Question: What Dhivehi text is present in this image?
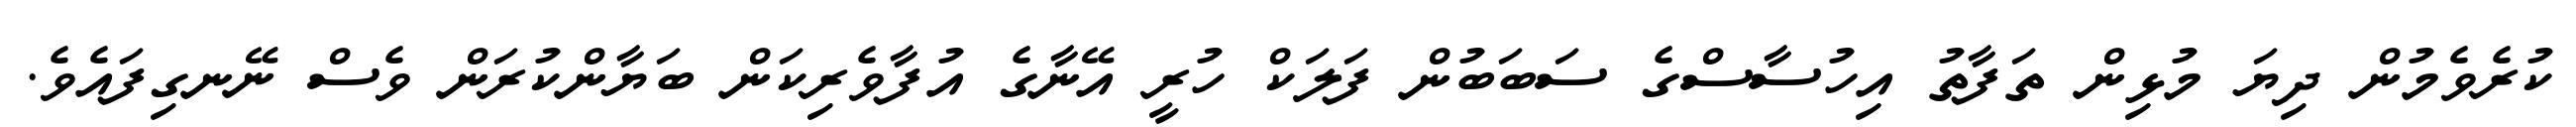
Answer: ކުރެވެމުން ދިޔަ މުޅިން ތަފާތު އިހުސާސްގެ ސަބަބުން ފަލަކް ހުރީ އޭނާގެ އުފާވެރިކަން ބަޔާންކުރަން ވެސް ނޭނގިފައެވެ.